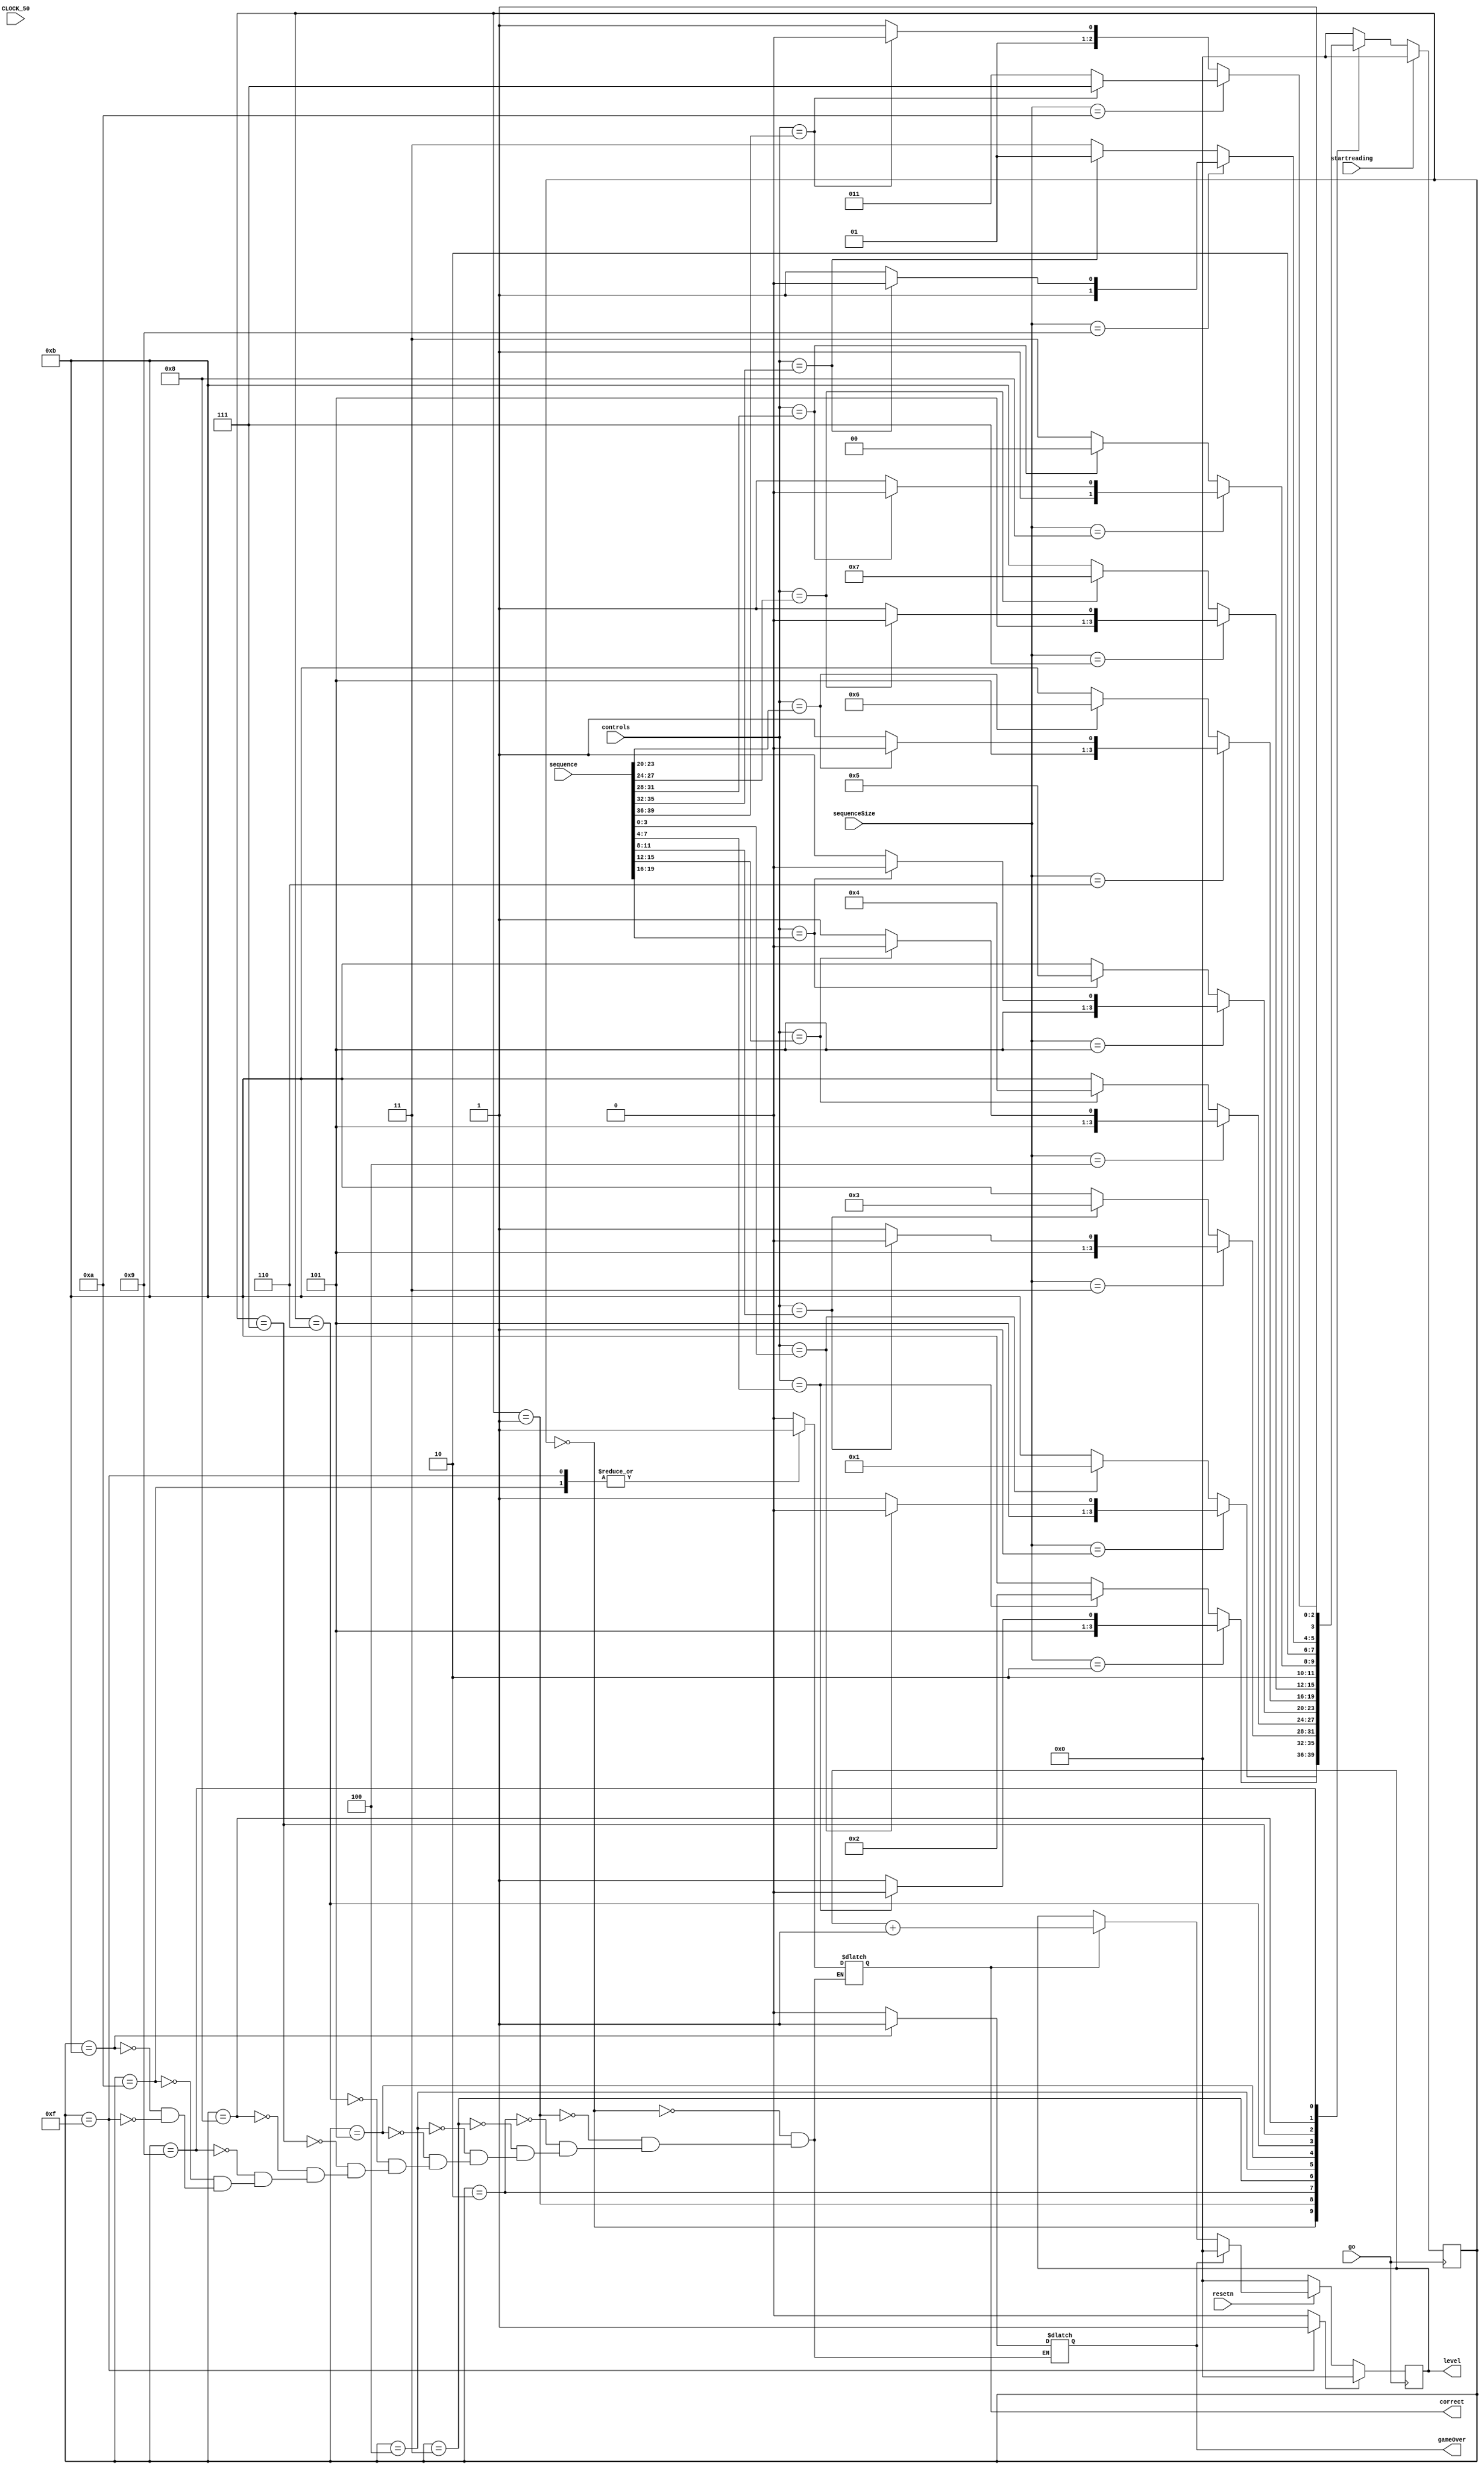
module sequenceDetector(startreading, resetn, CLOCK_50, sequence, sequenceSize,  controls, go, gameOver, correct, level);
    input startreading;
	 input CLOCK_50;
	 input [3:0] sequenceSize;
	 input [39:0] sequence;
	 input [3:0] controls;
	 input resetn;
    input go;
	 output reg [3:0] level;
	 output reg gameOver;
	 output reg correct;
	 reg win;

    wire clock, out_light;
	 wire [3:0]w;
    
    reg [3:0] y_Q, Y_D; // y_Q represents current state, Y_D represents next state
    
    localparam A = 4'b0000, B = 4'b0001, C = 4'b0010, D = 4'b0011, E = 4'b0100, F = 4'b0101, G = 4'b0110, H = 4'b0111, I = 4'b1000, J = 4'b1001, Correct = 4'b1010, Incorrect = 4'b1011, youWin = 4'b1111;
    
    assign w = controls;
    assign clock = ~go;
			
			
	//4'b0001 is q1, 0010 is q2, 0100 is q3, 1000 is q4
    always@(*)
    begin: state_table
        case (y_Q)
            A: begin
				
					if(sequenceSize == 4'b0001) //if sequence size is 1
						begin
							if (w == sequence[3:0]) Y_D = Correct;
							else Y_D = Incorrect;
						end
					else //if sequence size is anything greater than 1
						begin
							if (w == sequence[3:0]) Y_D = B;
							else Y_D = Incorrect;
						end
					end
					
            B: begin
				
					if(sequenceSize == 4'b0010) // if sequence size is 2
						begin
							if(w == sequence[7:4]) Y_D = Correct;
							else Y_D = Incorrect;
						end
					else //if sequence size is anything greater than 2
						begin
							if (w == sequence[7:4]) Y_D = C;
							else Y_D = Incorrect;
						end
					end
					
            C: begin
				
					if(sequenceSize == 4'b0011) // if sequence size is 3
						begin
							if(w == sequence[11:8]) Y_D = Correct;
							else Y_D = Incorrect;
						end
					else //if sequence size is anything greater than 3
						begin
							if (w == sequence[11:8]) Y_D = D;
							else Y_D = Incorrect;
						end
					end
					
            D: begin
					
					if(sequenceSize == 4'b0100) // if sequence size is 4
						begin
							if(w == sequence[15:12]) Y_D = Correct;
							else Y_D = Incorrect;
						end
					else //if sequence size is anything greater than 4
						begin
							if(w == sequence[15:12]) Y_D = E;
							else Y_D = Incorrect;
						end
					end
					
            E: begin
				
					if(sequenceSize == 4'b0101) // if sequence size is 5
						begin
							if(w == sequence[19:16]) Y_D = Correct;
							else Y_D = Incorrect;
						end
					else //if sequence size is anything greater than 5
						begin
							if(w == sequence[19:16]) Y_D = F;
							else Y_D = Incorrect;
						end
					end
					
            F: begin
					
					if(sequenceSize == 4'b0110) // if sequence size is 6
						begin
							if(w == sequence[23:20]) Y_D = Correct;
							else Y_D = Incorrect;
						end
					else //if sequence size is anything greater than 6
						begin
							if(w == sequence[23:20]) Y_D = G;
							else Y_D = Incorrect;
						end
					end
					
					
            G:	begin
					
					if(sequenceSize == 4'b0111) // if sequence size is 7
						begin
							if(w == sequence[27:24]) Y_D = Correct;
							else Y_D = Incorrect;
						end
					else //if sequence size is anything greater than 7
						begin
							if(w == sequence[27:24]) Y_D = H;
							else Y_D = Incorrect;
						end
					end
					
				H: begin
					
					if(sequenceSize == 4'b1000) // if sequence size is 8
						begin
							if(w == sequence[31:28]) Y_D = Correct;
							else Y_D = Incorrect;
						end
					else //if sequence size is anything greater than 8

						begin
							if(w == sequence[31:28]) Y_D = I;
							else Y_D = Incorrect;
						end
					end
					
				I: begin
					
					if(sequenceSize == 4'b1001) // if sequence size is 9
						begin
							if(w == sequence[35:32]) Y_D = Correct;
							else Y_D = Incorrect;
						end
					else //if sequence size is anything greater than 9
						begin
							if(w == sequence[35:32]) Y_D = J;
							else Y_D = Incorrect;
						end
					end
					
				J: begin
					
					if(sequenceSize == 4'b1010) // if sequence size is 10
						begin
							if(w == sequence[39:36]) Y_D = youWin;
							else Y_D = Incorrect;
						end
					else //if sequence size is anything greater than 10
						begin
							if(w == sequence[39:36]) Y_D = Correct;
							else Y_D = Incorrect;
						end
					end
				Correct: begin
						Y_D = A;
					end
				Incorrect: begin
						Y_D = A;
					end
				youWin: Y_D = A;
//							  
            default: Y_D = A;
        endcase
    end // state_table
	 
	 always @(*)
		begin
			win= 1'b0;
			case(y_Q)
				A: begin
					correct = 1'b0;
					gameOver = 1'b0;
				end
				B: begin
					correct = 1'b0;
					gameOver = 1'b0;
				end
				C: begin
					correct = 1'b0;
					gameOver = 1'b0;
				end
				D: begin
					correct = 1'b0;
					gameOver = 1'b0;
				end
				E: begin
					correct = 1'b0;
					gameOver = 1'b0;
				end
				F: begin
					correct = 1'b0;
					gameOver = 1'b0;
				end
				G: begin
					correct = 1'b0;
					gameOver = 1'b0;
				end
				H: begin
					correct = 1'b0;
					gameOver = 1'b0;
				end
				I: begin
					correct = 1'b0;
					gameOver = 1'b0;
				end
				J: begin
					correct = 1'b0;
					gameOver = 1'b0;
				end
				Correct: begin 
								correct = 1'b1;
								gameOver = 1'b0;
							end
				Incorrect: begin
									correct = 1'b0;
									gameOver = 1'b1;
								end
				youWin: begin
							correct = 1'b1;
							win = 1'b1;
							gameOver = 1'b0;
							end
			endcase
		end
    
	always @(negedge go)
			begin
				if(correct == 1'b1)//increments level
					level <= level + 1;
				if(gameOver == 1'b1)//resets level to 0 when gameover or reset
					level <= 0;
				if(!resetn)
					level <= 0;
				if(win == 1'b1)
					level <= 0;
				
			end
    // State Registers
    always @(posedge clock)
    begin: state_FFs
        if(!resetn)
				y_Q <= A;
		  if(startreading == 1'b1)
				begin
					y_Q <=  A;	// Should set reset state to state A
				end
        else
				begin
					y_Q <= Y_D;	
				end
    end

    // Output logic
    // Set out_light to 1 to turn on LED when in relevant states

endmodule